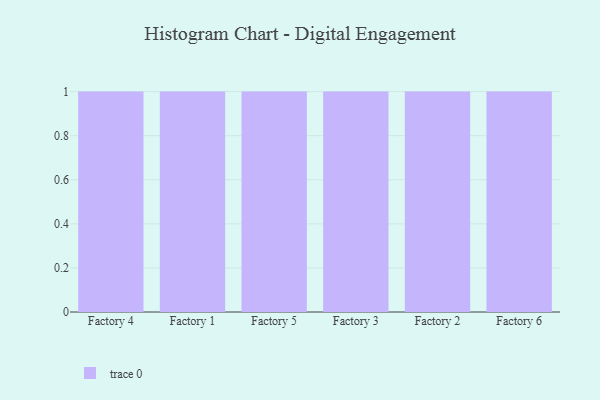
{"axis": {"x": "Factory", "y": "Latency (ms)"}, "legend": [""], "data": [{"x": "Factory 4", "y": 84, "type": ""}, {"x": "Factory 1", "y": 86, "type": ""}, {"x": "Factory 5", "y": 97, "type": ""}, {"x": "Factory 3", "y": 15, "type": ""}, {"x": "Factory 2", "y": 99, "type": ""}, {"x": "Factory 6", "y": 54, "type": ""}]}